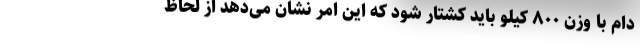
دام با وزن ۸۰۰ کیلو باید کشتار شود که این امر نشان می‌دهد از لحاظ